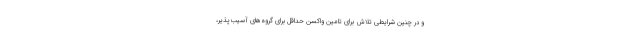
و در چنین شرایطی تلاش برای تامین واکسن حداقل برای گروه‌های آسیب‌پذیر،